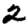
Digit: 2